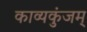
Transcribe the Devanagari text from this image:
काव्यकुंजम्